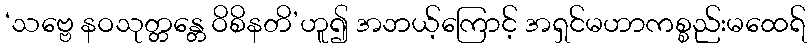
‘သဗ္ဗေ နဝသုတ္တန္တေ ဝိစိနတိ’ဟူ၍ အဘယ့်ကြောင့် အရှင်မဟာကစ္စည်းမထေရ်